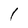
Character: I